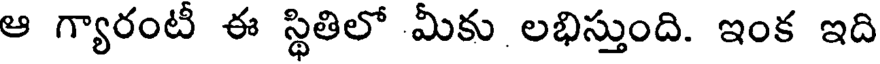
ఆ గ్యారంటీ ఈ స్థితిలో మీకు లభిస్తుంది. ఇంక ఇది